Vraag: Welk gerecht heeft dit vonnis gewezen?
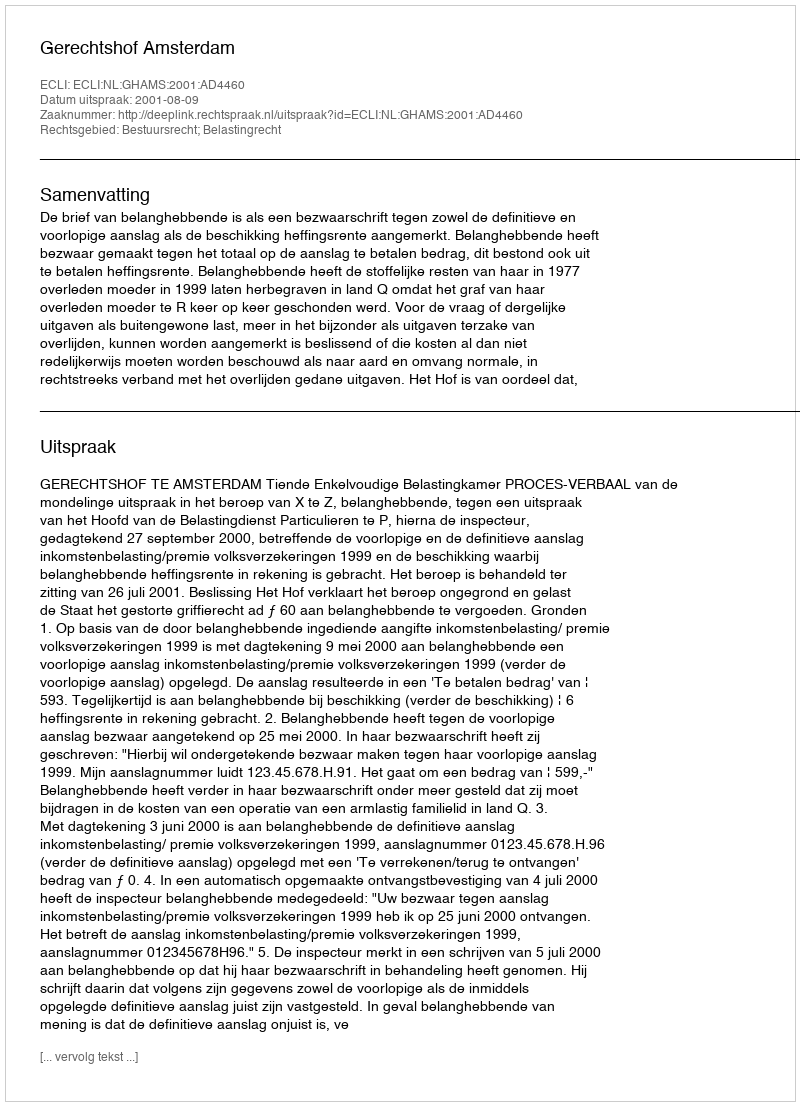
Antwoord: Gerechtshof Amsterdam